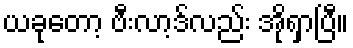
ယခုတော့ ဗီးလာ့ဒ်လည်း အိုရှာပြီ။